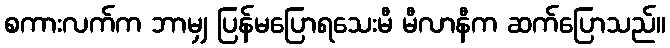
စကားလက်က ဘာမျှ ပြန်မပြောရသေးမီ မီလာနီက ဆက်ပြောသည်။